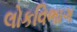
લોકવિભાગ